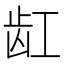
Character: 𱌩